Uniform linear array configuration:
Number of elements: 12
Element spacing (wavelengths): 0.5
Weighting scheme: hamming
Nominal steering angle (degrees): -15
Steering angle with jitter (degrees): -16.137
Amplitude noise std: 0.05
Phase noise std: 0.05

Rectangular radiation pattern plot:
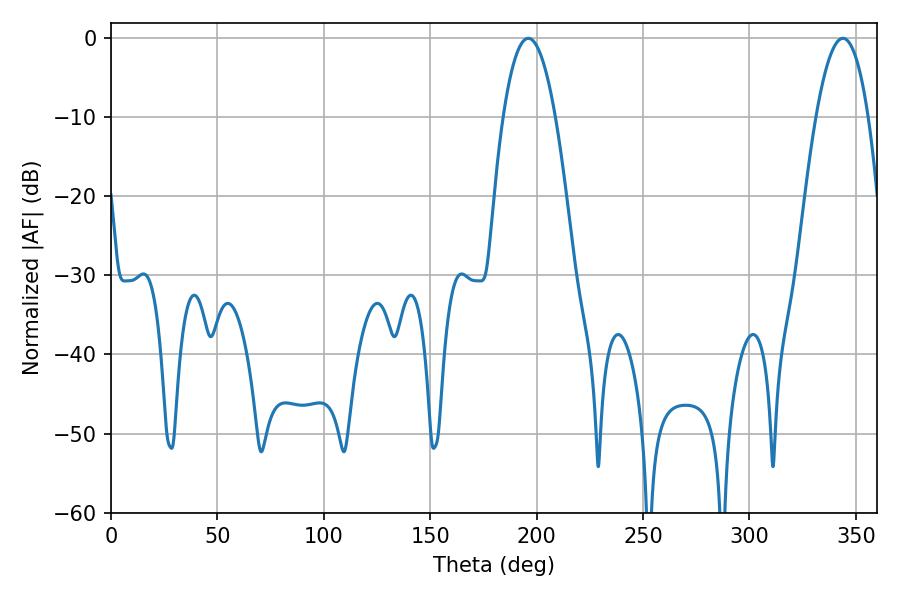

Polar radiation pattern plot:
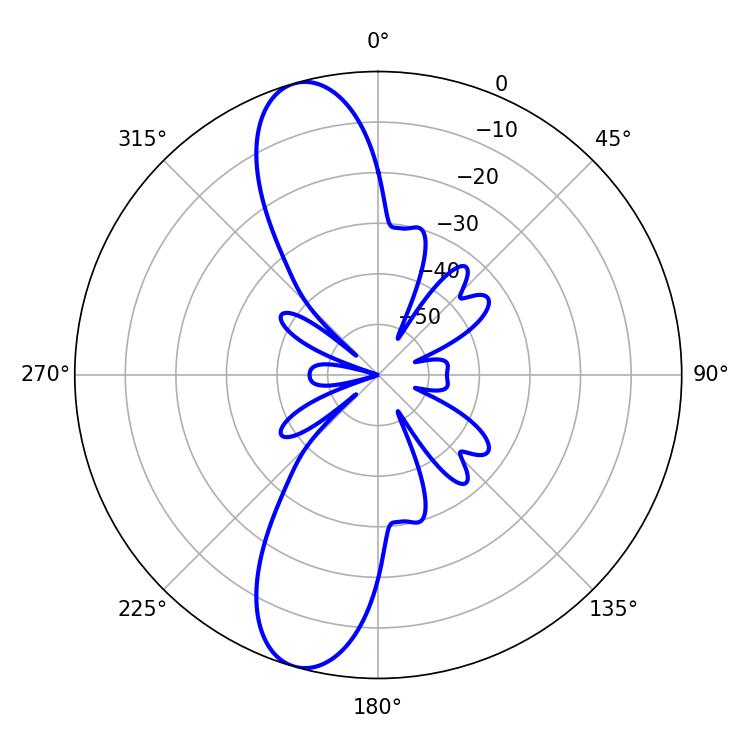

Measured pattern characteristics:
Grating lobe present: FALSE
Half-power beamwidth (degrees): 13.68
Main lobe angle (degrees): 196.02